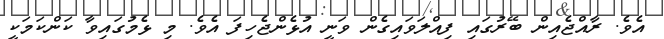
އެވެ. ރާއްޖެއިން ބޭރުގައި ފިއްލަވައިގެން ވަނީ އުޅެންޖެހިފަ އެވެ. މި ޅެމުގައިވާ ކަންކަމަކީ